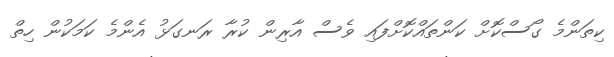
ކިތަންމެ ގޯސްކޮށް ކަންތައްކޮށްފައި ވެސް އާރިން ކުރާ ރަނގަޅު އެންމެ ކަމަކުން ހިތް